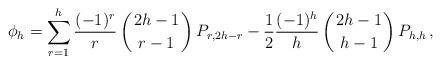
LaTeX: \begin{align*}\phi_h=\sum_{r=1}^h{(-1)^r\over r}\left({2h-1\atop r-1}\right)P_{r,2h-r}-{1\over 2}{(-1)^h\over h}\left({2h-1\atop h-1}\right)P_{h,h}\,,\end{align*}